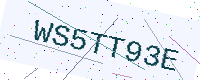
Text: WS5TT93E